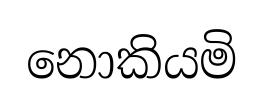
නොකියමි